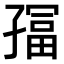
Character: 𫲮